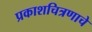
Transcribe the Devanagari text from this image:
प्रकाशचित्रणाचे